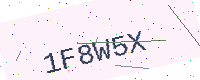
Text: 1F8W5X